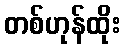
တစ်ဟုန်ထိုး